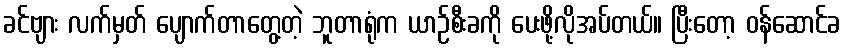
ခင်ဗျား လက်မှတ် ပျောက်တာတွေ့တဲ့ ဘူတာရုံက ယာဉ်စီးခကို ပေးဖို့လိုအပ်တယ်။ ပြီးတော့ ဝန်ဆောင်ခ